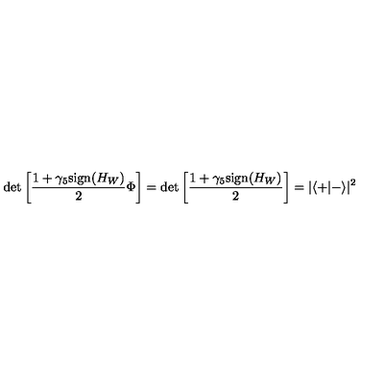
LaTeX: \det \left[ \frac { 1 + \gamma _ { 5 } \mathrm { s i g n } { ( H _ { W } ) } } { 2 } \Phi \right] = \det \left[ \frac { 1 + \gamma _ { 5 } \mathrm { s i g n } { ( H _ { W } ) } } { 2 } \right] = | \langle + | - \rangle | ^ { 2 }